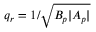
q _ { r } = 1 / \sqrt { B _ { p } | A _ { p } | }